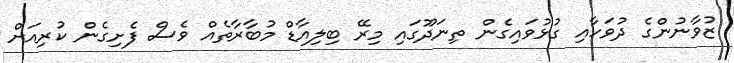
ޒުވާނުންގެ ދުވަހާއި ގުޅުވައިގެން ތިނަދޫގައި މިރޭ ބިލިއާޑް މުބާރާތެއް ވެސް ފެށިގެން ކުރިއަށް